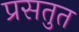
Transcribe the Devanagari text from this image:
प्रसतुत